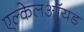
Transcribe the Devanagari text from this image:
एल्केलऑयड